Report of the Indian Hemp Drugs Commission, 1894-1895 - Volume V
Year: 1894
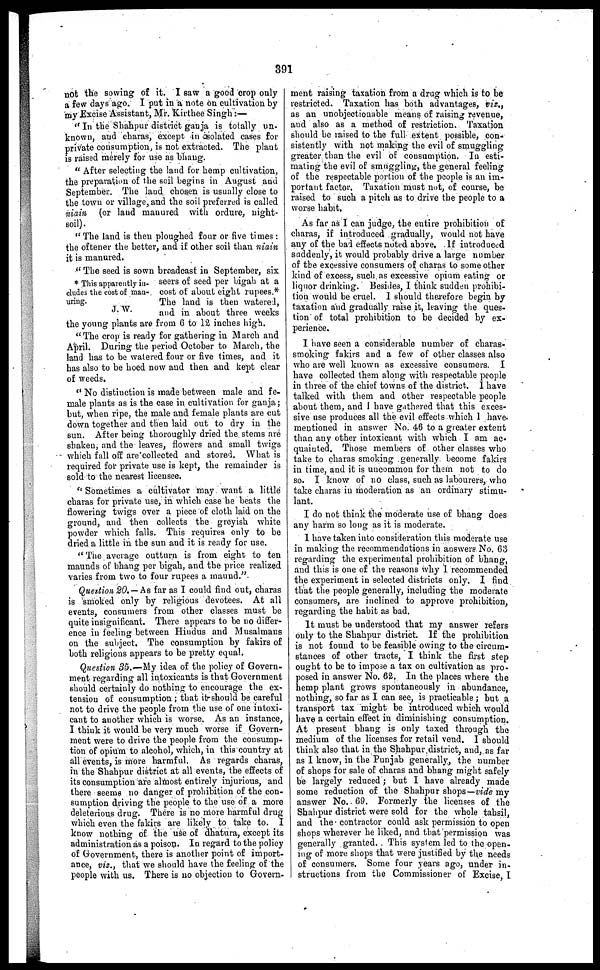
391
not the sowing of it. I saw a good crop only
a few days ago. I put in a note on cultivation by
my Excise Assistant, Mr. Kirthee Singh:—
"In the Shahpur district ganja is totally un-
known, and charas, except in asolated cases for
private consumption, is not extracted. The plant
is raised merely for use as bhang.
"After selecting the land for hemp cultivation,
the preparation of the soil begins in August and
September. The laud chosen is usually close to
the town or village, and the soil preferred is called
niain (or laud manured with ordure, night-
soil).
"The land is then ploughed four or five times:
the oftener the better, and if other soil than niain
it is manured.
* This apparently in-
cludes the cost of man-
uring.
J. W.
"The seed is sown broadcast in September, six
seers of seed per bigah at a
cost of about eight rupees.*
The land is then watered,
and in about three weeks
the young plants are from 6 to 12 inches high.
"The crop is ready for gathering in March and
April. During the period October to March, the
land has to be watered four or five times, and it
has also to be hoed now and then and kept clear
of weeds.
"No distinction is made between male and fe-
male plants as is the case in cultivation for ganja;
but, when ripe, the male and female plants are cut
down together and then laid out to dry in the
sun. After being thoroughly dried the stems are
shaken, and the leaves, flowers and small twigs
which fall off are collected and stored. What is
required for private use is kept, the remainder is
sold to the nearest licensee.
"Sometimes a cultivator may want a little
charas for private use, in which case he beats the
flowering twigs over a piece of cloth laid on the
ground, and then collects the greyish white
powder which falls. This requires only to be
dried a little in the sun and it is ready for use.
"The average outturn is from eight to ten
maunds of bhang per bigah, and the price realized
varies from two to four rupees a maund."
Question 20.—As far as I could find out, charas
is smoked only by religious devotees. At all
events, consumers from other classes must be
quite insignificant. There appears to be no differ-
ence in feeling between Hindus and Musalmaus
on the subject. The consumption by fakirs of
both religious appears to be pretty equal.
Question 35.—My idea of the policy of Govern-
ment regarding all intoxicants is that Government
should certainly do nothing to encourage the ex-
tension of consumption; that it should be careful
not to drive the people from the use of one intoxi-
cant to another which is worse. As an instance,
I think it would be very much worse if Govern-
ment were to drive the people from the consump-
tion of opium to alcohol, which, in this country at
all events, is more harmful. As regards charas,
in the Shahpur district at all events, the effects of
its consumption are almost entirely injurious, and
there seems no danger of prohibition of the con-
sumption driving the people to the use of a more
deleterious drug. There is no more harmful drug
which even the fakirs are likely to take to. I
know nothing of the use of dhatura, except its
administration as a poison. In regard to the policy
of Government, there is another point of import-
ance, viz., that we should have the feeling of the
people with us. There is no objection to Govern-
ment raising taxation from a drug which is to be
restricted. Taxation has both advantages, viz.,
as an unobjectionable means of raising revenue,
and also as a method of restriction. Taxation
should be raised to the full extent possible, con-
sistently with not making the evil of smuggling
greater than the evil of consumption. In esti-
mating the evil of smuggling, the general feeling
of the respectable portion of the people is an im-
portant factor. Taxation must not, of course, be
raised to 6uch a pitch as to drive the people to a
worse habit.
As far as I can judge, the entire prohibition of
charas, if introduced gradually, would not have
any of the bad effects noted above. If introduced
suddenly, it would probably drive a large number
of the excessive consumers of charas to some other
kind of excess, such as excessive opiam eating or
liquor drinking. Besides, I think sudden prohibi-
tion would be cruel. 1 should therefore begin by
taxation and gradually raise it, leaving the ques-
tion of total prohibition to be decided by ex-
perience.
I have seen a considerable number of charas-
smoking fakirs and a few of other classes also
who are well known as excessive consumers. I
have collected them along with respectable people
in three of the chief towns of the district. I have
talked with them and other respectable people
about them, and I have gathered that this exces-
sive use produces all the evil effects which I have
mentioned in answer No. 46 to a greater extent
than any other intoxicant with which I am ac-
quainted. Those members of other classes who
take to charas smoking generally become fakirs
in time, and it is uncommon for them not to do
so. I know of no class, such as labourers, who
take charas in moderation as an ordinary stimu-
lant.
I do not think the moderate use of bhang does
any harm so long as it is moderate.
1 have taken into consideration this moderate use
in making the recommendations in answers No. 63
regarding the experimental prohibition of bhang,
and this is one of the reasons why 1 recommended
the experiment in selected districts only. I find
that the people generally, including the moderate
consumers, are inclined to approve prohibition,
regarding the habit as bad.
It must be understood that my answer refers
only to the Shahpur district. If the prohibition
is not found to be feasible owing to the circum-
stances of other tracts, I think the first step
ought to be to impose a tax on cultivation as pro-
posed in answer No. 62. In the places where the
hemp plant grows spontaneously in abundance,
nothing, so far as I can see, is practicable; but a
transport tax might be introduced which would
have a certain effect in diminishing consumption.
At present bhang is only taxed through the
medium of the licenses for retail vend. I should
think also that in the Shahpur district, and, as far
as I know, in the Punjab generally, the number
of shops for sale of charas and bhang might safely
be largely reduced; but I have already made
some reduction of the Shahpur shops—vide my
answer No. 69. Formerly the licenses of the
Shahpur district were sold for the whole tahsil,
and the contractor could ask permission to open
shops wherever he liked, and that permission was
generally granted. This system led to the open-
ing of more shops that were justified by the needs
of consumers. Some four years ago, under in-
structions from the Commissioner of Excise I